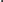
了我的真实质量，觉得我个头儿矮小，直径还没有月球大，就把我降级成了